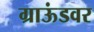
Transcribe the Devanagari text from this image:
ग्राऊंडवर